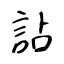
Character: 詀